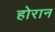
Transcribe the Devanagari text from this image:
होरान